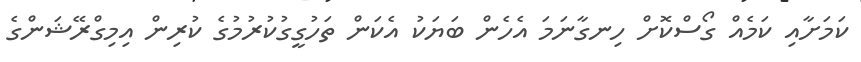
ކަމަށާއި ކަމެއް ގޯސްކޮށް ހިނގާނަމަ އެހެން ބަޔަކު އެކަން ތަހުގީގުކުރުމުގެ ކުރިން އިމިގްރޭޝަންގެ